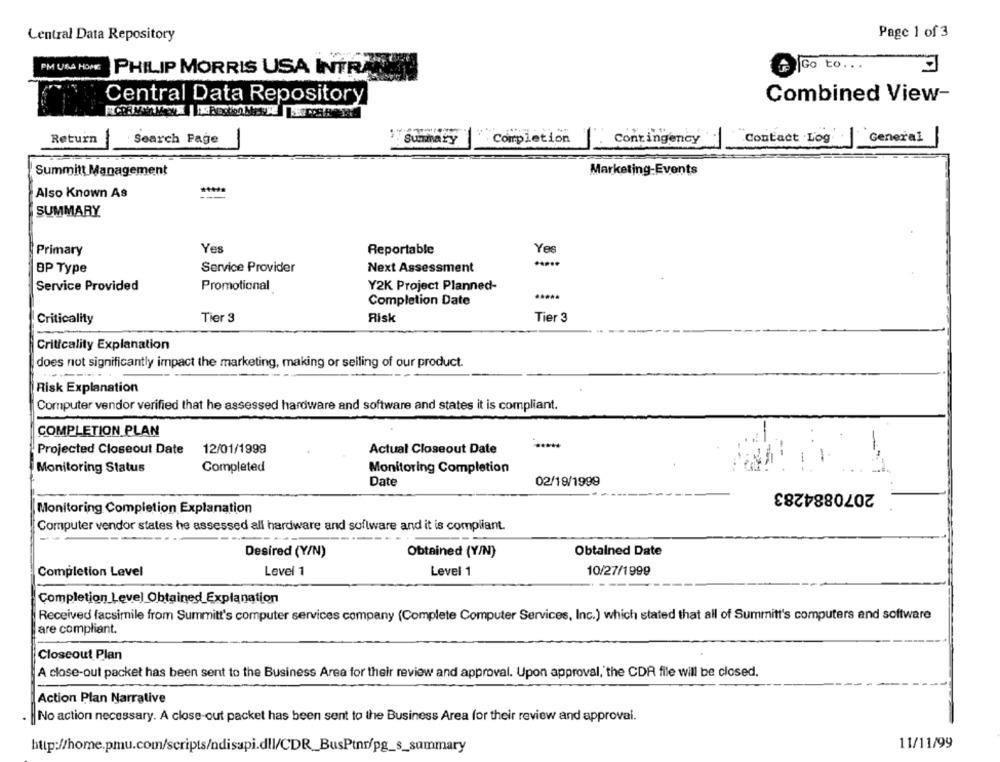
Central Data Repository
Page 1 of 3
PM USA HOME
Go to. . .
PHILIP MORRIS USA INTRA
Central Data Repository
Combined View-
Return
Search Page
Summary
Completion
Contingency
Contact .Log
General
Summitt Management
Marketing-Events
Also Known As
SUMMARY
Primary
Yes
Reportable
Yes
.....
BP Type
Service Provider
Next Assessment
Service Provided
Promotional
Y2K Project Planned-
Completion Date
Criticality
Tier 3
Risk
Tier 3
Criticality Explanation
does not significantly impact the marketing, making or selling of our product.
Risk Explanation
Computer vendor verified that he assessed hardware and software and states it is compliant.
COMPLETION PLAN
12/01/1999
Actual Closeout Date
Projected Closeout Date
Monitoring Status
Completed
Monitoring Completion
Date
02/19/1999
2070884283
Monitoring Completion Explanation
Computer vendor states he assessed all hardware and software and it is compliant.
Desired (Y/N)
Obtained (Y/N)
Obtained Date
Level 1
Level 1
10/27/1999
Completion Level
Completion Level Obtained Explanation
Received facsimile from Summitt's computer services company (Complete Computer Services, Inc.) which stated that all of Summitt's computers and software
are compliant.
Closeout Plan
A close-out packet has been sent to the Business Area for their review and approval. Upon approval, the CDA file will be closed.
Action Plan Narrative
No action necessary. A close-out packet has been sent to the Business Area for their review and approval.
11/11/99
http://home.pmu.com/scripts/ndisapi.dll/CDR_BusPtnr/pg_s_summary